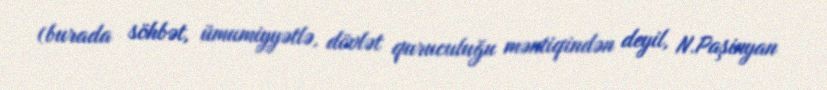
(burada söhbət, ümumiyyətlə, dövlət quruculuğu məntiqindən deyil, N.Paşinyan